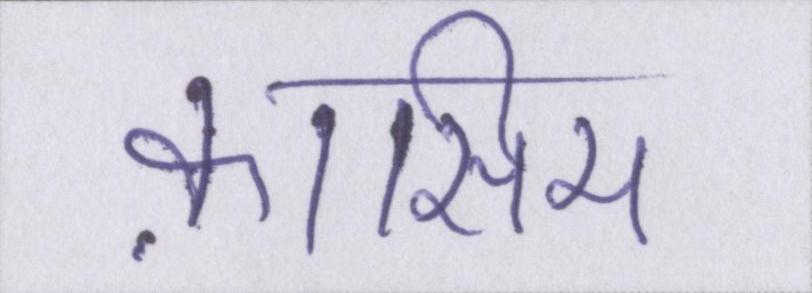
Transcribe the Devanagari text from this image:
क़ासिम